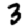
Digit: 3